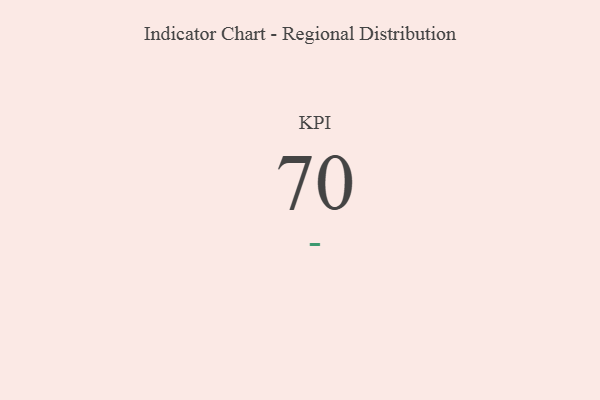
{"axis": {"x": "KPI", "y": "Value"}, "legend": [""], "data": [{"x": "KPI", "y": 70, "type": ""}]}